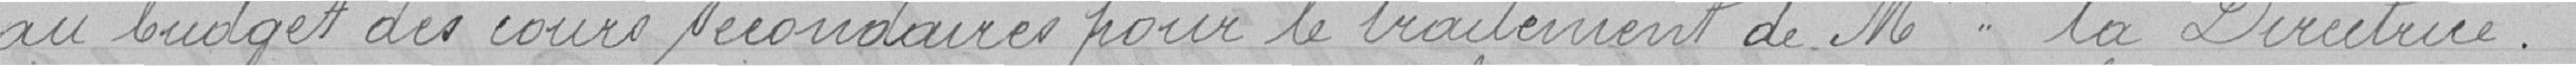
au budget des cours secondaire pour le traitement de Madame la Directrice .